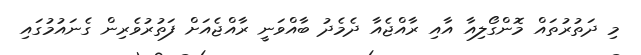
މި ދަތުރުތައް މޮންގޯލިއާ އާއި ރާއްޖެއާ ދެމެދު ބާއްވަނީ ރާއްޖެއަށް ފަތުރުވެރިން ގެނައުމުގައި